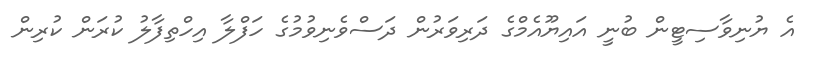
އެ ޔުނިވާސިޓީން ބުނީ އައިޔޫއެމްގެ ދަރިވަރުން ދަސްވެނިވުމުގެ ހަފްލާ އިހްތިފާލު ކުރަން ކުރިން